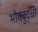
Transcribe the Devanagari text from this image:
भोगबुद्धी